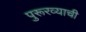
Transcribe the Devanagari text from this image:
पुरूरव्याची